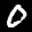
Label: 0